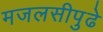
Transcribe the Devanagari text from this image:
मजलसीपुढे